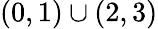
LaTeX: (0,1)\cup(2,3)